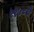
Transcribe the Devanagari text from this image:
१९७८चे